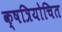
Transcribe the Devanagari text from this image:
क्षत्रियोचित